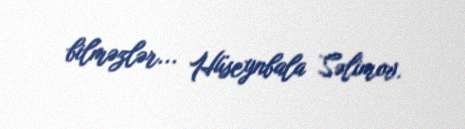
bilməzlər... Hüseynbala Səlimov.